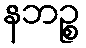
နဘဉ္စ